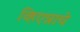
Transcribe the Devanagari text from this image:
व्हिएन्नाचे